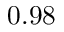
0 . 9 8